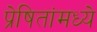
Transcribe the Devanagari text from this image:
प्रेषितांमध्ये